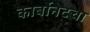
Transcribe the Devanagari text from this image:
कार्बोनेटचा